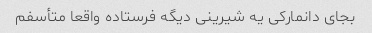
بجای دانمارکی یه شیرینی دیگه فرستاده واقعا متأسفم